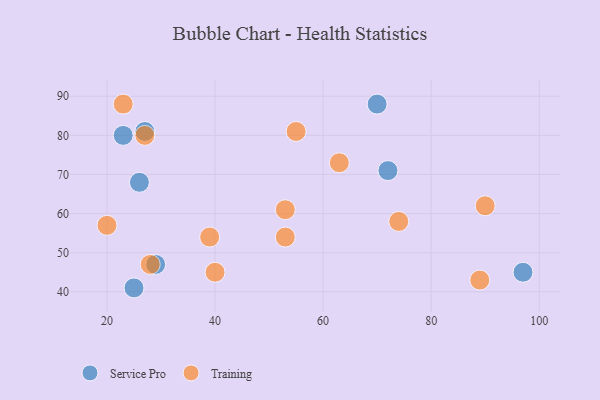
{"axis": {"x": "GDP", "y": "Life Expectancy"}, "legend": ["Service Pro", "Training"], "data": [{"x": "72", "y": 71, "type": "Service Pro"}, {"x": "29", "y": 47, "type": "Service Pro"}, {"x": "97", "y": 45, "type": "Service Pro"}, {"x": "70", "y": 88, "type": "Service Pro"}, {"x": "26", "y": 68, "type": "Service Pro"}, {"x": "23", "y": 80, "type": "Service Pro"}, {"x": "25", "y": 41, "type": "Service Pro"}, {"x": "27", "y": 81, "type": "Service Pro"}, {"x": "53", "y": 54, "type": "Training"}, {"x": "74", "y": 58, "type": "Training"}, {"x": "90", "y": 62, "type": "Training"}, {"x": "40", "y": 45, "type": "Training"}, {"x": "27", "y": 80, "type": "Training"}, {"x": "53", "y": 61, "type": "Training"}, {"x": "89", "y": 43, "type": "Training"}, {"x": "55", "y": 81, "type": "Training"}, {"x": "20", "y": 57, "type": "Training"}, {"x": "63", "y": 73, "type": "Training"}, {"x": "39", "y": 54, "type": "Training"}, {"x": "28", "y": 47, "type": "Training"}, {"x": "23", "y": 88, "type": "Training"}]}